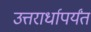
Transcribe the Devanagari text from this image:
उत्तरार्धापर्यंत